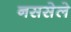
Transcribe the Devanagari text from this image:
नससेले